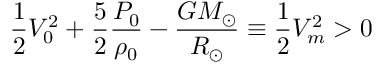
\frac { 1 } { 2 } V _ { 0 } ^ { 2 } + \frac { 5 } { 2 } \frac { P _ { 0 } } { \rho _ { 0 } } - \frac { G M _ { \odot } } { R _ { \odot } } \equiv \frac { 1 } { 2 } V _ { m } ^ { 2 } > 0